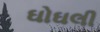
ઘોઘલી